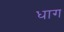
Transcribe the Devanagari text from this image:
धाग